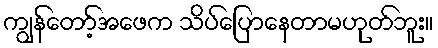
ကျွန်တော့်အဖေက သိပ်ပြောနေတာမဟုတ်ဘူး။